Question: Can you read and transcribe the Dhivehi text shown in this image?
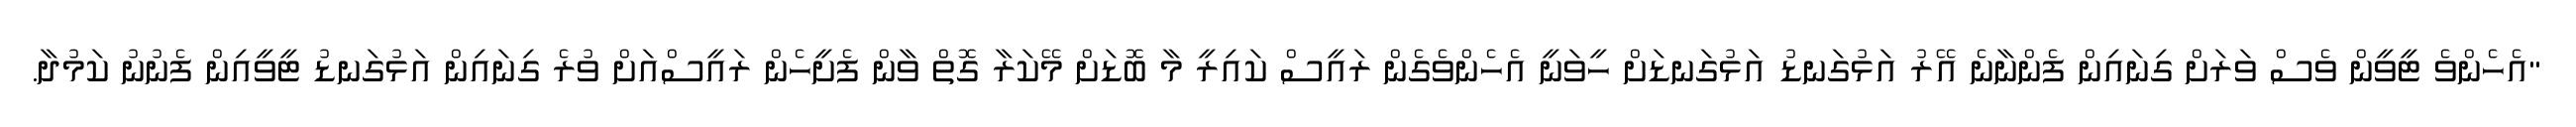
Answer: "އެހެންވެ ޓީވީން ވެސް ވަރަށް ގިނައިން ފެންނާނެ އޭރު އަޅުގަނޑު އަޅުގަނޑަށް ހީވަނީ އެހެންވެގެން ރައީސް ކައިރީ މާ ބޮޑަށް މޭކަރާ ގޮތް ވާން ފެށީހެން ރައީސްއަށް ވުރެ ގިނައިން އަޅުގަނޑު ޓީވީއިން ފެނުނު ކަމުދާ.